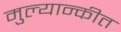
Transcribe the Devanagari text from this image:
मुल्यान्कीत